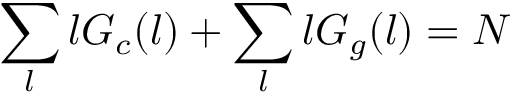
\sum _ { l } l G _ { c } ( l ) + \sum _ { l } l G _ { g } ( l ) = N